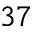
^ { 3 7 }